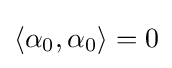
\langle \alpha _{0},\alpha _{0}\rangle =0